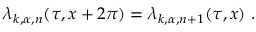
\lambda _ { k , \alpha , n } ( \tau , x + 2 \pi ) = \lambda _ { k , \alpha , n + 1 } ( \tau , x ) ~ .